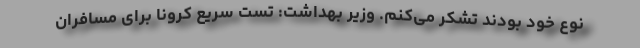
نوع خود بودند تشکر می‌کنم. وزیر بهداشت: تست سریع کرونا برای مسافران